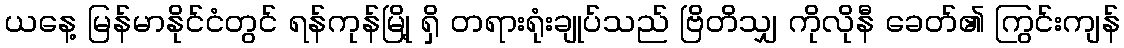
ယနေ့ မြန်မာနိုင်ငံတွင် ရန်ကုန်မြို့ ရှိ တရားရုံးချုပ်သည် ဗြိတိသျှ ကိုလိုနီ ခေတ်၏ ကြွင်းကျန်